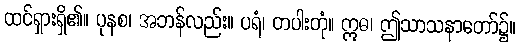
ထင်ရှားရှိ၏။ ပုနစ၊ အဘန်လည်း။ ပရံ၊ တပါးတုံ။ ဣဓ၊ ဤသာသနာတော်၌။